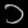
Digit: ၁